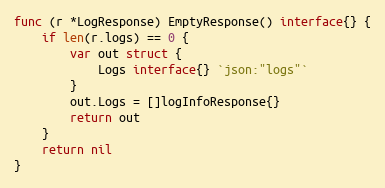
Language: Go
func (r *LogResponse) EmptyResponse() interface{} {
	if len(r.logs) == 0 {
		var out struct {
			Logs interface{} `json:"logs"`
		}
		out.Logs = []logInfoResponse{}
		return out
	}
	return nil
}